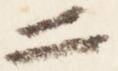
二